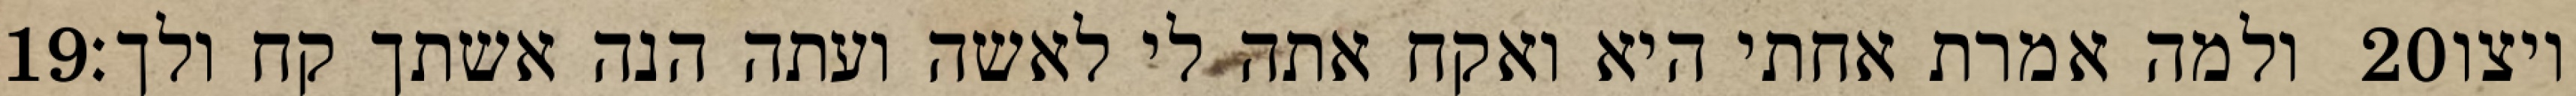
‎19‏ ולמה אמרת אחתי היא ואקח אתה לי לאשה ועתה הנה אשתך קח ולך׃ ‎20‏ ויצו